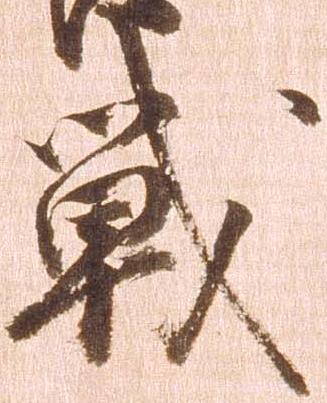
戦